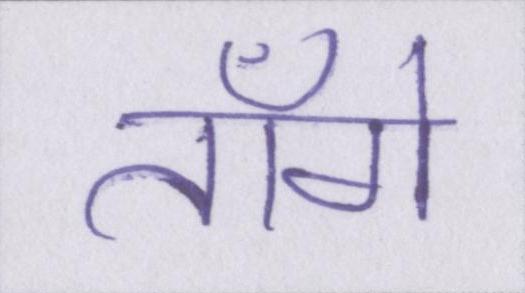
ताँगे